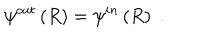
\psi ^ { o u t } \left( R \right) = \psi ^ { i n } \left( R \right) \; .